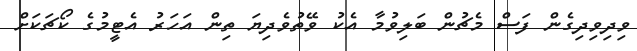
ވިދިވިދިގެން ފަސް މެޗުން ބަލިވުމާ އެކު ވޭތުވެދިޔަ ތިން އަހަރު އެޓީމުގެ ކޯޗަކަށް